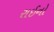
રાઈનો